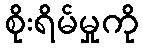
စိုးရိမ်မှုကို